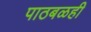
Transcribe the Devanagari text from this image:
पाठबळही